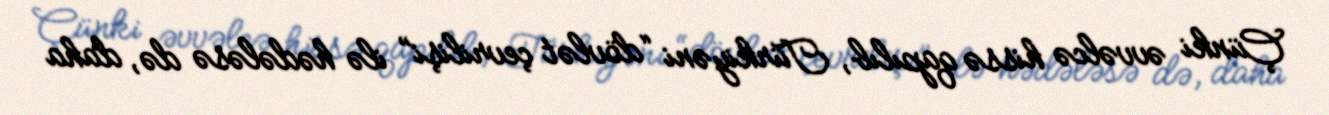
Çünki əvvəlcə hissə qapılıb, Türkiyəni “dövlət çevrilişi” ilə hədələsə də, daha